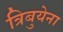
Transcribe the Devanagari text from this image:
त्रिबुयेना